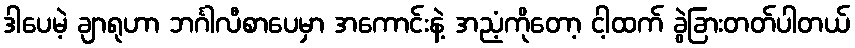
ဒါပေမဲ့ ချာရုဟာ ဘင်္ဂါလီစာပေမှာ အကောင်းနဲ့ အညံ့ကိုတော့ ငါ့ထက် ခွဲခြားတတ်ပါတယ်